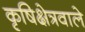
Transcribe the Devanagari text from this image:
कृषिक्षेत्रवाले